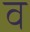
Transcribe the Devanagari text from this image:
व